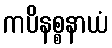
ကပိနစ္စနာယံ